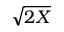
\sqrt { 2 X }